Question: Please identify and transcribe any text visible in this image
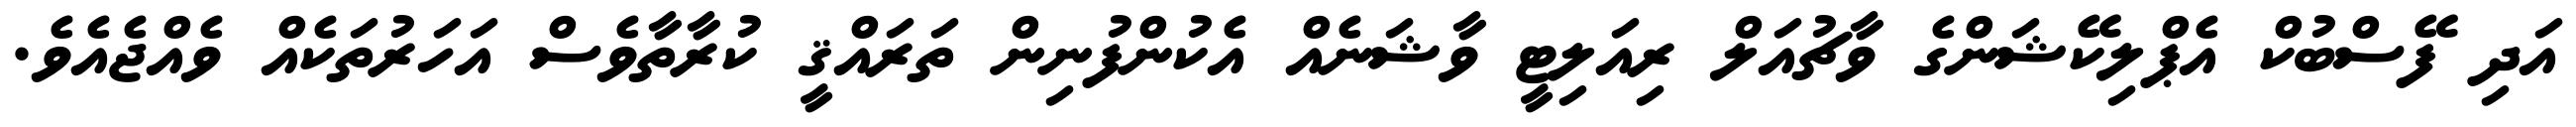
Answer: އަދި ފޭސްބުކް އެޕްލިކޭޝަންގެ ވާޗުއަލް ރިއަލިޓީ ވާޝަނެއް އެކުންފުނިން ތަރައްޤީ ކުރާތާވެސް އަހަރުތަކެއް ވެއްޖެއެވެ.